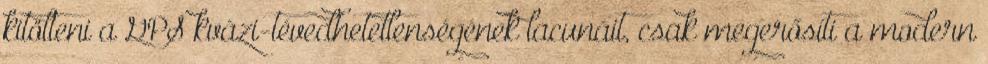
kitölteni a GPS kvázi-tévedhetetlenségének lacunáit, csak megerősíti a modern